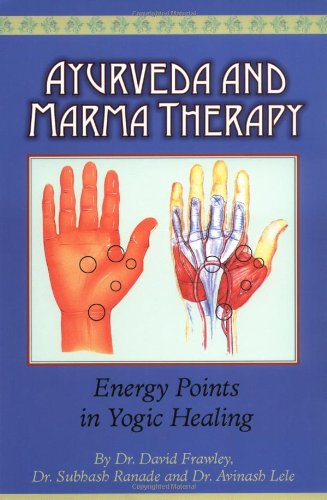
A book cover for Ayurveda and Marma Therapy: Energy Points in Yogic Healing; Dr. David Frawley; Health, Fitness & Dieting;